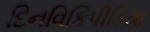
દિનવિકિપીડિયા